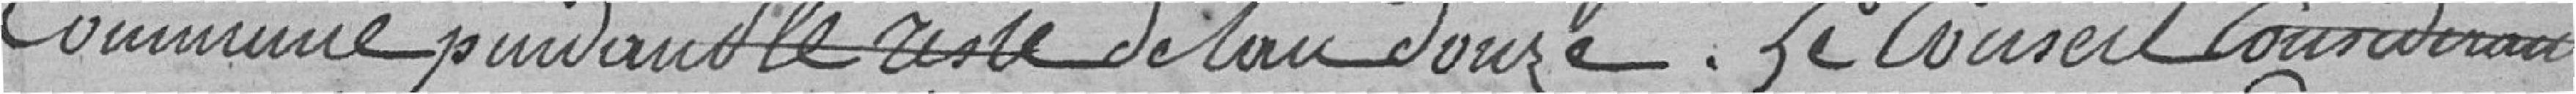
Commune pendant le reste de l'an douze.  Le  Conseil considérant